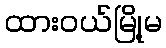
ထားဝယ်မြို့မ